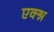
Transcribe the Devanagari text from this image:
एक्श्न